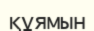
құямын